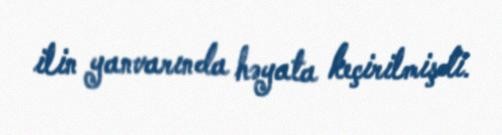
ilin yanvarında həyata keçirilmişdi.